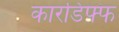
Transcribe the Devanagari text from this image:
कारडिफ्फ